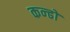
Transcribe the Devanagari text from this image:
कन्ढों